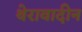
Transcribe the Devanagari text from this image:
थेरावादीन